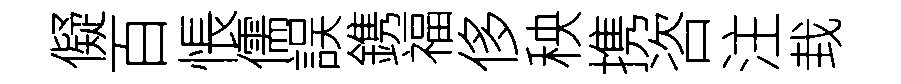
儗百悵儒誤鎸福侈秧携咨注㘽